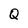
Character: Q